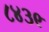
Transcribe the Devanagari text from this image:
८४३९